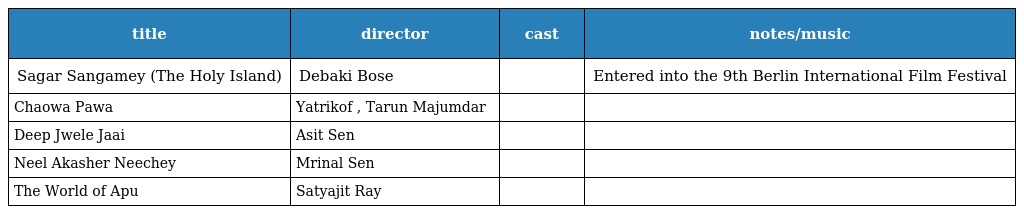
| title | director | cast | notes/music |
 | --- | --- | --- | --- |
 | Sagar Sangamey (The Holy Island) | Debaki Bose |  | Entered into the 9th Berlin International Film Festival |
 | Chaowa Pawa | Yatrikof , Tarun Majumdar |  |  |
 | Deep Jwele Jaai | Asit Sen |  |  |
 | Neel Akasher Neechey | Mrinal Sen |  |  |
 | The World of Apu | Satyajit Ray |  |  |